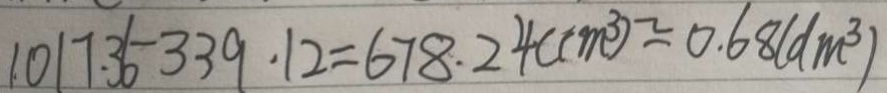
1 0 1 7 . 3 6 - 3 3 9 . 1 2 = 6 7 8 . 2 4 ( c m ^ { 3 } ) \approx 0 . 6 8 ( d m ^ { 3 } )